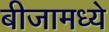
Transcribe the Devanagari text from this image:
बीजामध्ये